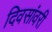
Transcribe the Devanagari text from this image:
दिवसांवरी